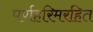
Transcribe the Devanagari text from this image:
पर्णहरिमरहित